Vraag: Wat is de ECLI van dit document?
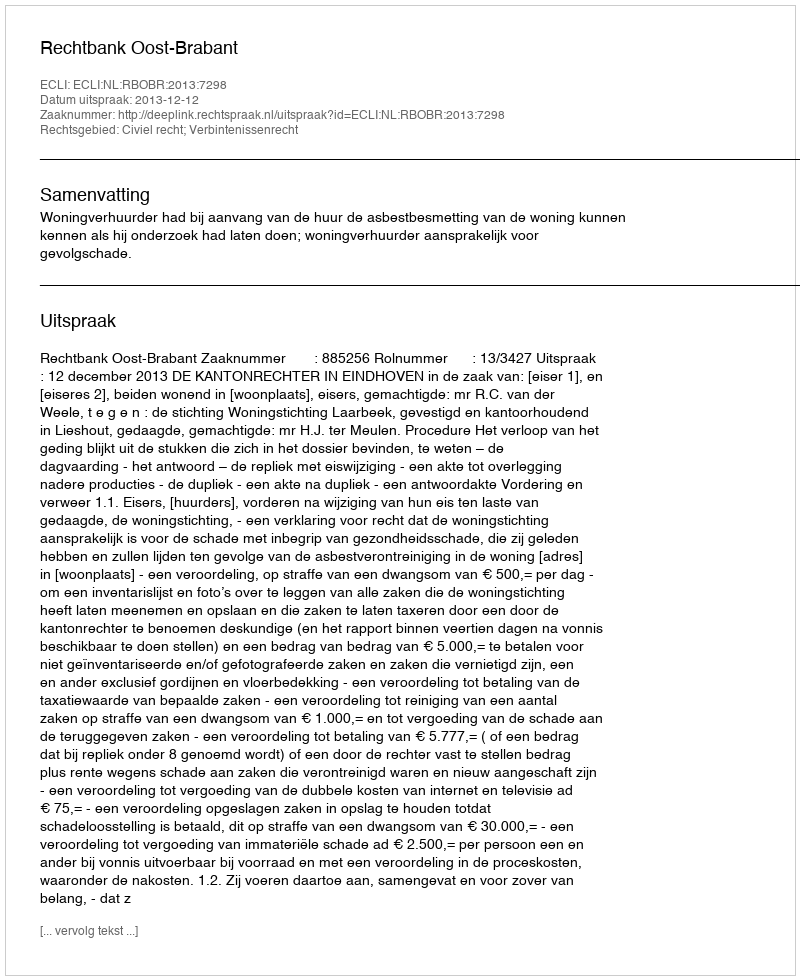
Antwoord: ECLI:NL:RBOBR:2013:7298